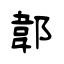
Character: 郼